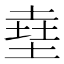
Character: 㙓